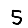
Digit: 5